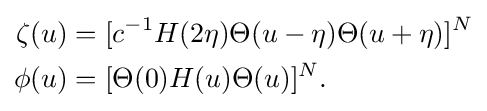
{\begin{aligned}\zeta (u)&=[c^{-1}H(2\eta )\Theta (u-\eta )\Theta (u+\eta )]^{N}\\\phi (u)&=[\Theta (0)H(u)\Theta (u)]^{N}.\end{aligned}}